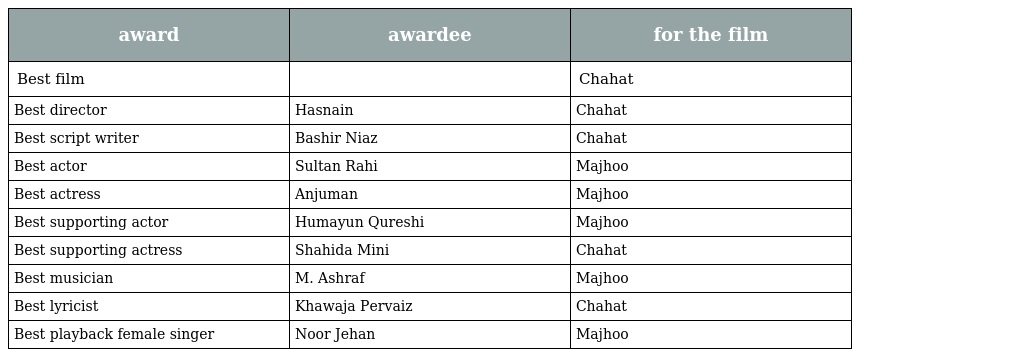
| award | awardee | for the film |
 | --- | --- | --- |
 | Best film |  | Chahat |
 | Best director | Hasnain | Chahat |
 | Best script writer | Bashir Niaz | Chahat |
 | Best actor | Sultan Rahi | Majhoo |
 | Best actress | Anjuman | Majhoo |
 | Best supporting actor | Humayun Qureshi | Majhoo |
 | Best supporting actress | Shahida Mini | Chahat |
 | Best musician | M. Ashraf | Majhoo |
 | Best lyricist | Khawaja Pervaiz | Chahat |
 | Best playback female singer | Noor Jehan | Majhoo |